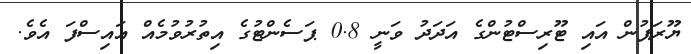
ޔޫރަޕުން އައި ޓޫރިސްޓުންގެ އަދަދު ވަނީ 0.8 ޕަސެންޓުގެ އިތުރުވުމެއް އައިސްފަ އެވެ.